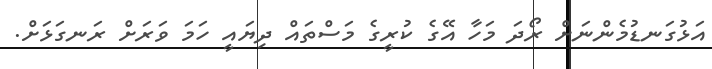
އަޅުގަނޑުމެންނަށް ރޯދަ މަހާ އޭގެ ކުރީގެ މަސްތައް ދިޔައީ ހަމަ ވަރަށް ރަނގަޅަށް.